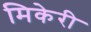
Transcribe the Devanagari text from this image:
मिकेरी